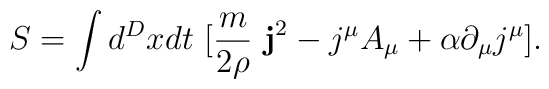
S = \int d^Dx dt~ [\frac{m}{2 \rho} ~{\bf j}^2 - j^\mu A_\mu + \alpha \partial_\mu j^\mu ].